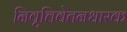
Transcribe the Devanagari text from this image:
निवृत्तिवेतनधारक